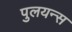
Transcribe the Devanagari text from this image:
पुलयन्स